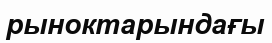
рыноктарындағы